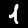
Digit: 1